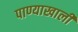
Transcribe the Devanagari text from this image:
पाण्याखालीं